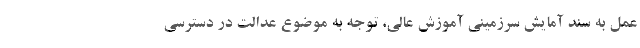
عمل به سند آمایش سرزمینی آموزش عالی، توجه به موضوع عدالت در دسترسی